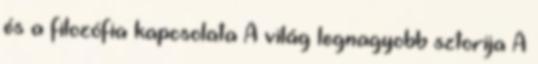
és a filozófia kapcsolata A világ legnagyobb sztorija A